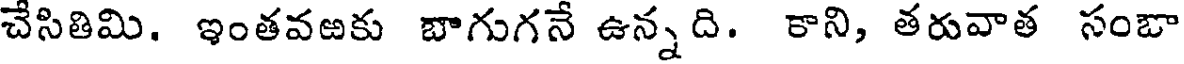
చేసితిమి. ఇంతవఱకు బాగుగనే ఉన్న ది. కాని, తరువాత సంబా